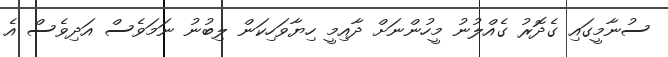
ސުނާމީގައި ގެދޮރު ގެއްލުނު މީހުންނަށް ދާއިމީ ހިޔާވަހިކަން ލިބުނު ނަމަވެސް އަދިވެސް އެ